Notes on vaccination in the North-West Frontier Province 1923-1928 - 1923-1928
Year: 1923
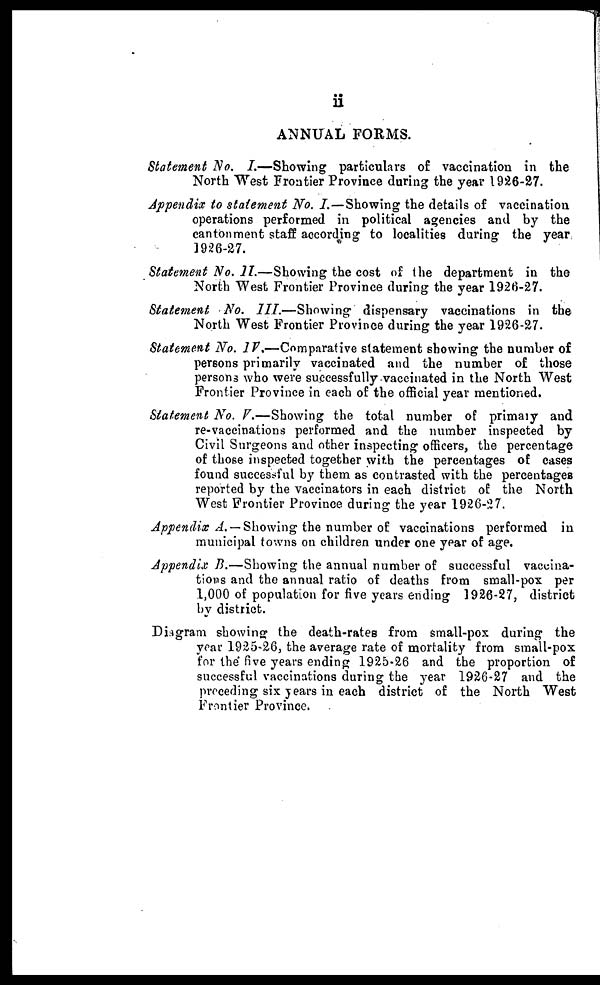
11
ANNUAL FORMS.
Statement No. I.—Showing particulars of vaccination in the
North West Frontier Province during the year 1926-27.
Appendix to statement No. I.—Showing the details of vaccination
operations performed in political agencies and by the
cantonment staff according to localities during the year
1926-27.
Statement No. II.—Showing the cost of the department in the
North West Frontier Province during the year 1926-27.
Statement No. III.—Showing
dispensary vaccinations in the
North West Frontier Province during the year 1926-27.
Statement No. IV.—Comparative statement showing the number of
persons primarily vaccinated and the number of those
persons who were successfully vaccinated in the North West
Frontier Province in each of the official year mentioned.
Statement No. V.—Showing the total number of primary and
re-vaccinations performed and the number inspected by
Civil Surgeons and other inspecting officers, the percentage
of those inspected together with the percentages of cases
found successful by them as contrasted with the percentages
reported by the vaccinators in each district of the North
West Frontier Province during the year 1926-27.
Appendix A. — Showing the number of vaccinations performed in
municipal towns on children under one year of age.
Appendix B.—Showing the annual number of successful vaccina-
tions and the annual ratio of deaths from small-pox per
1,000 of population for five years ending 1926-27, district
by district.
Diagram showing the death-rates from small-pox during the
year 1925-26, the average rate of mortality from small-pox
for the five years ending 1925-26 and the proportion of
successful vaccinations during the year 1926-27 and the
preceding six years in each district of the North West
Frontier Province.